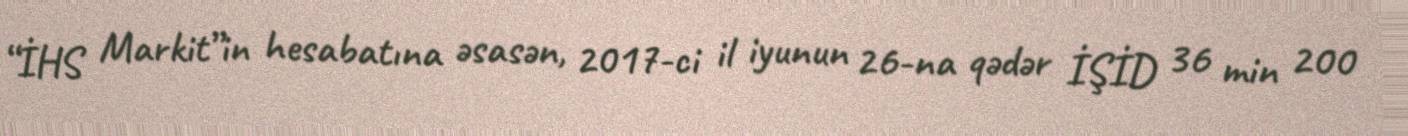
“İHS Markit”in hesabatına əsasən, 2017-ci il iyunun 26-na qədər İŞİD 36 min 200